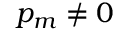
p _ { m } \neq 0